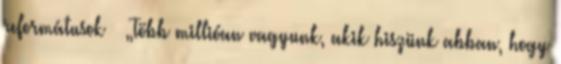
reformátusok  „Több millióan vagyunk, akik hiszünk abban, hogy